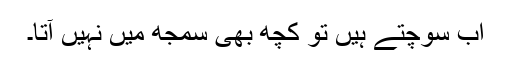
اب سوچتے ہیں تو کچھ بھی سمجھ میں نہیں آتا۔